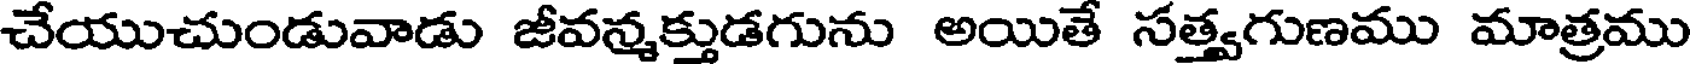
చేయుచుండువాడు జీవన్మక్తుడగును అయితే సత్వగుణము మాత్రము